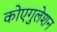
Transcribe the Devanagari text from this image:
कोएगुलेशन